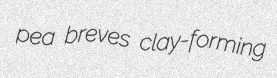
pea breves clay-forming